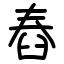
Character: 舂